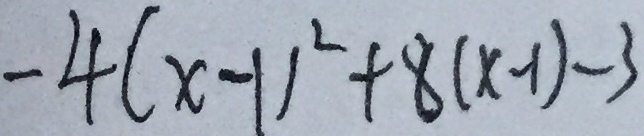
- 4 ( x - 1 ) ^ { 2 } + 8 ( x - 1 ) - 3